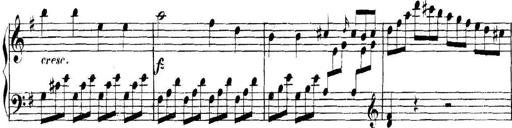
Title: Collected Piano Sonatas
Composer: Muzio Clementi